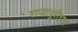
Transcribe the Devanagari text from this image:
राजापुरीच्या